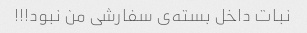
نبات داخل بسته‌ی سفارشی من نبود!!!